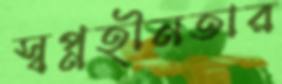
স্বপ্নহীনতার